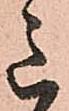
意